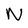
Character: N